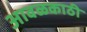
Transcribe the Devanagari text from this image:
आवळकाठी